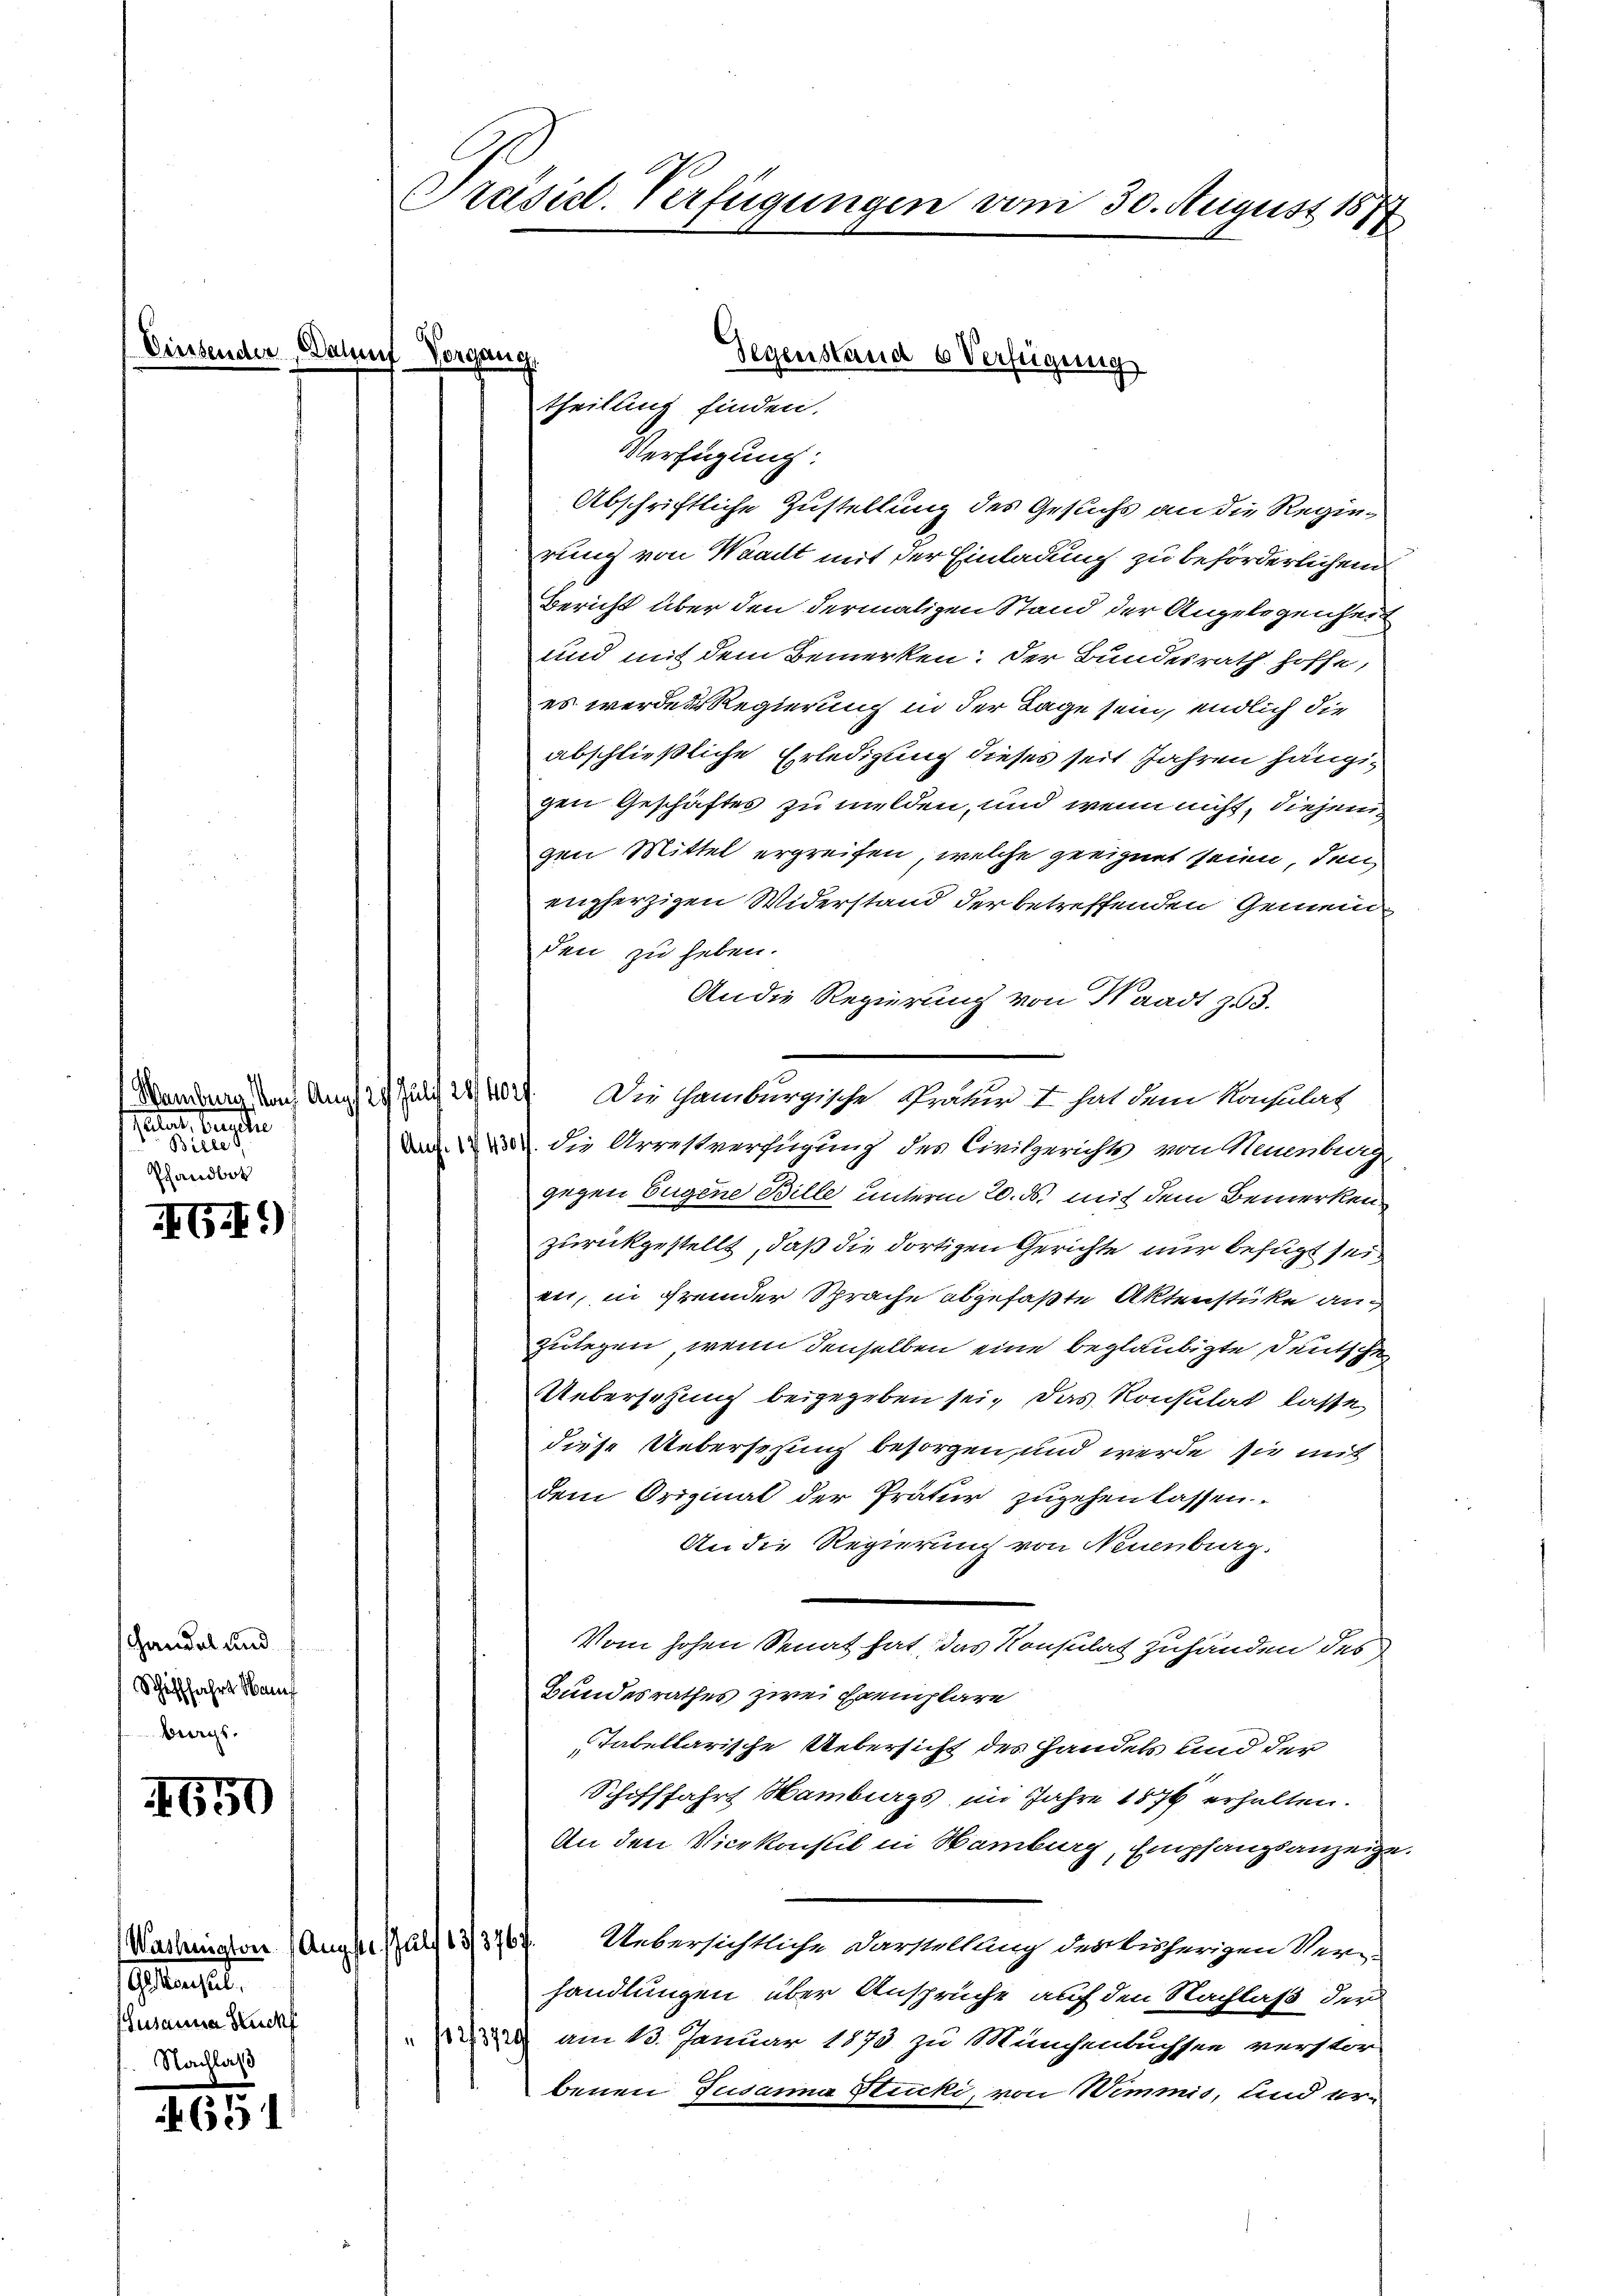
(Einsender

Wamburg Nach Aug
ataet Septe
Bille
Phandbot

G.)

Handel und
Schifffahrt auf
bergs.

4650

Washington Augste Julf 13/376.
otanisat
Susanna Stuckf
Nachlaß

4651

Präsicl. Verfügungen vom 30. August 1874

Verfügung:
Abschriftliche Zustellung des Gesuchs an die Regierung von Waadt mit der Einladung zu beförderlichem
Bericht über den dermaligen Stand der Angelegenheit
und mit dem Bemerken: Der Bundesrath hoffe,
es werden Regierung in der Lage sein, endlich die
abschließliche Erledigung dieses seit Jahren hängigen Geschäftes zu milden, und wenn nicht, diejenigen Mittel ergreifen, welche geeignet seien, den
engherzigen Widerstand der betreffenden Gemein
den zu heben.
An die Regierung von Waadt zu 3.
  Die Hamburgische Prätur I hat dem Konsulat
 die Arrestverfügung des Civilgerichts von Neuenburg
gegen Eugene Bille unterm 20. ds. mit dem Bemerken
zurückgestellt, daß die dortigen Gerichte nur befugt sei
en, in fremder Sprache abgefaßte Aktenstüke an
zulegen, wenn denselben eine beglaubigte deutschen
Uebersetzung beigegeben sei, das Konsulat lasse,
diese Uebersehung besorgen, und werde sie mit
dem Original der Pratur zugehen lassen.
An die Regierung von Neuenburg.
Vom hohen Senat hat, das Konsulat zuhänden des
Bundesrathes zwei Exemplare
Tabellarische Uebersicht des Handels und der
Schifffahrt Hamburgs im Jahre 1876 erhalten.
An den Vicekonsul in Hamburg, Empfangsanzeige
Uebersichtliche Darstellung der bisherigen Veran
handlungen über Ansprüche auf den Nachlaß der
 am 13. Januar 1873 zu Münchenbuchsen verstor-
benen Susanna Stucki, von Wimmis, und er¬

c
Gegenstand 6 Verfügung
theilung finden.